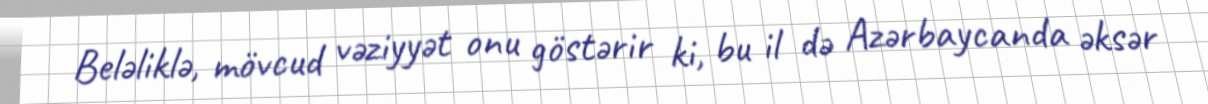
Beləliklə, mövcud vəziyyət onu göstərir ki, bu il də Azərbaycanda əksər